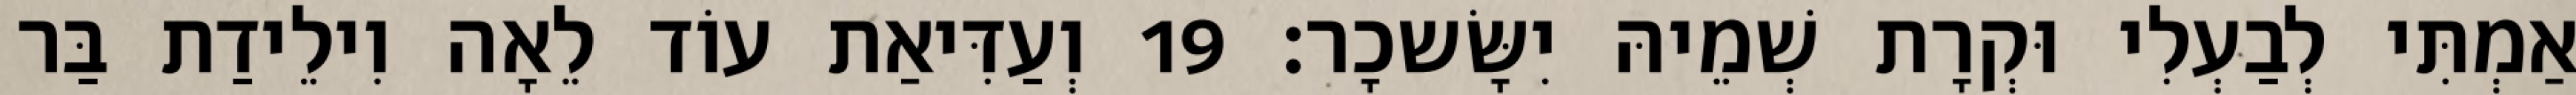
אַמְתִּי לְבַעְלִי וּקְרָת שְׁמֵיהּ יִשָּׂשכָר׃ 19 וְעַדִּיאַת עוֹד לֵאָה וִילֵידַת בַּר